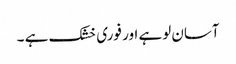
آسان لوہے اور فوری خشک ہے ۔